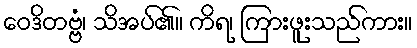
ဝေဒိတဗ္ဗံ၊ သိအပ်၏။ ကိရ၊ ကြားဖူးသည်ကား။